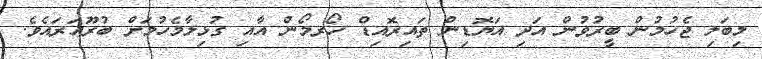
މިބަލި ޖެހުމުން ބީރުވުން އަދި އަޔޮޑިން ތައިރޮއިޑް ހޯރމޯން އާއި ގުޅިލާމެހުމަށް ބުރޫއަރައެވެ.